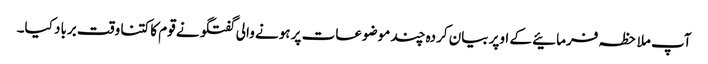
آپ ملاحظہ فرمائیے کے اوپر بیان کردہ چند موضوعات پر ہونے والی گفتگو نے قوم کا کتنا وقت برباد کیا۔